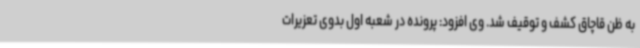
به ظن قاچاق کشف و توقیف شد. وی افزود: پرونده در شعبه اول بدوی تعزیرات